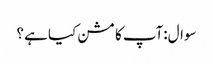
سوال:آپ کا مشن کیا ہے ؟